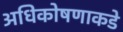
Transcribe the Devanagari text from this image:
अधिकोषणाकडे